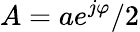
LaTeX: A=ae^{j\varphi}/2